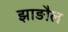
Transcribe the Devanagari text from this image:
झाङौल